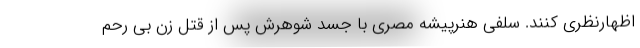
اظهارنظری کنند. سلفی هنرپیشه مصری با جسد شوهرش پس از قتل زن بی رحم